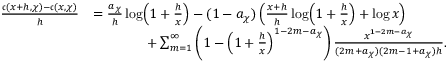
\begin{array} { r l } { \frac { \mathfrak { c } ( x + h , \chi ) - \mathfrak { c } ( x , \chi ) } { h } } & { = \frac { a _ { \chi } } { h } \log \! \left( 1 + \frac { h } { x } \right) - ( 1 - a _ { \chi } ) \left( \frac { x + h } { h } \log \! \left( 1 + \frac { h } { x } \right) + \log { x } \right) } \\ & { \qquad \qquad + \sum _ { m = 1 } ^ { \infty } \left( 1 - \left( 1 + \frac { h } { x } \right) ^ { 1 - 2 m - a _ { \chi } } \right) \frac { x ^ { 1 - 2 m - a _ { \chi } } } { ( 2 m + a _ { \chi } ) ( 2 m - 1 + a _ { \chi } ) h } . } \end{array}